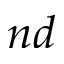
n d